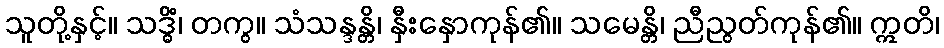
သူတို့နှင့်။ သဒ္ဓိံ၊ တကွ။ သံသန္ဒန္တိ၊ နှီးနှောကုန်၏။ သမေန္တိ၊ ညီညွတ်ကုန်၏။ ဣတိ၊